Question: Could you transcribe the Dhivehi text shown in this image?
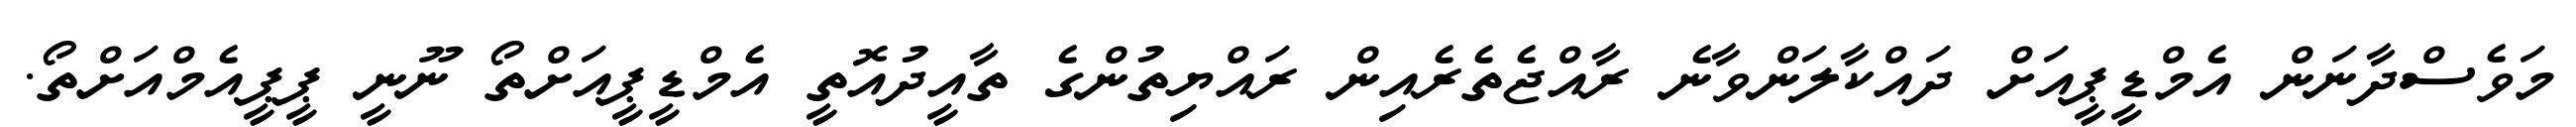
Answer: މަވެސްދާނަން އެމްޑީޕީއަށް ދައްކާލަންވާނެ ރާއްޖެތެރެއިން ރައްޔިތުންގެ ތާއީދުއޮތީ އެމްޑީޕީއަށްތޯ ނޫނީ ޕީޕީއެމްއަށްތޯ.